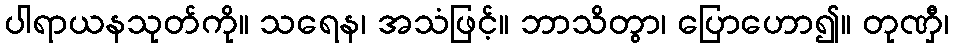
ပါရာယနသုတ်ကို။ သရေန၊ အသံဖြင့်။ ဘာသိတွာ၊ ပြောဟော၍။ တုဏှီ၊